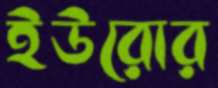
ইউরোর